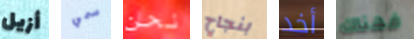
أزيل سمي نحن بنجاح أخد فهناك